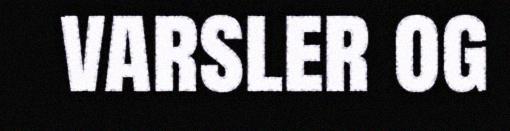
varsler og